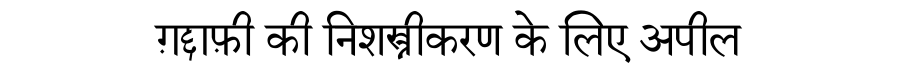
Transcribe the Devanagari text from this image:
ग़द्दाफ़ी की निशस्त्रीकरण के लिए अपील